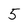
Character: 5